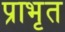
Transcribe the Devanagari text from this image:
प्राभृत